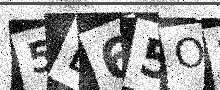
Text: 5L65OW